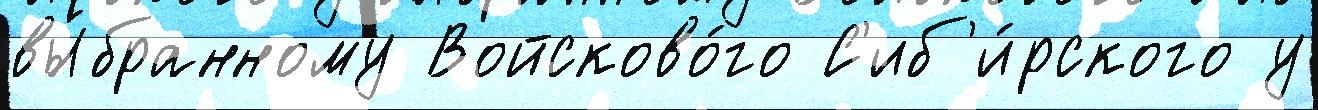
вы́бранному Войсково́го С'иб'и́рского у